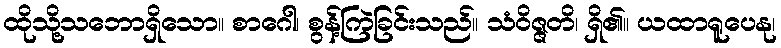
ထိုသို့သဘောရှိသော။ စာဂေါ၊ စွန့်ကြဲခြင်းသည်။ သံဝိဇ္ဇတိ၊ ရှိ၏။ ယထာရူပေနု၊